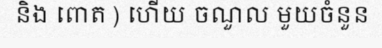
និង ពោត ) ហើយ ចណួល មួយចំនួន